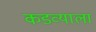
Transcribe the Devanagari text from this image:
कडव्याला